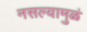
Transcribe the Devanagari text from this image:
नसल्यामुळं